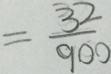
= \frac { 3 2 } { 9 0 0 }